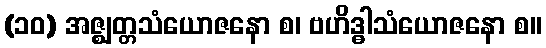
(၁၀) အဇ္ဈတ္တသံယောဇနော စ၊ ဗဟိဒ္ဓါသံယောဇနော စ။